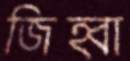
জিহ্বা